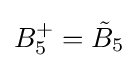
B_{5}^{+}={\tilde {B}}_{5}